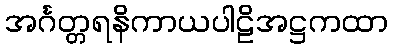
အင်္ဂတ္တရနိကာယပါဠိအဋ္ဌကထာ